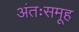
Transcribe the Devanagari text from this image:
अंतःसमूह